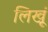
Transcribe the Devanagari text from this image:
लिखूं